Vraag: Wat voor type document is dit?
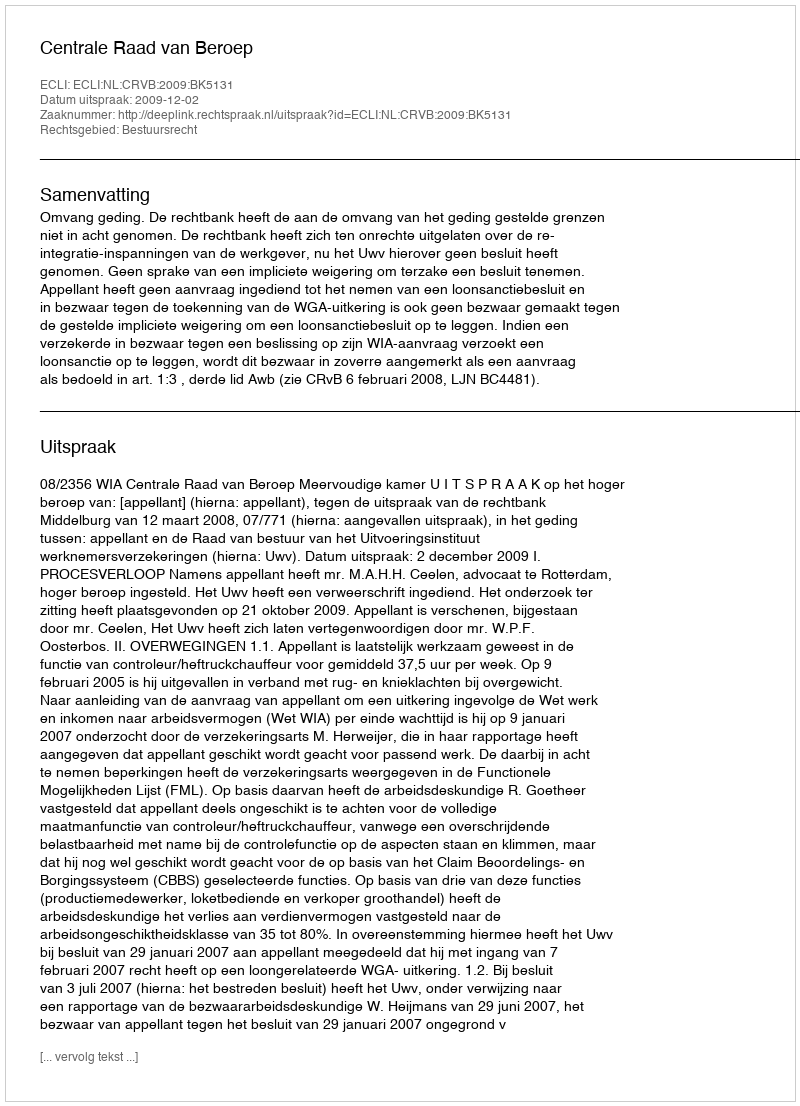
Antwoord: Uitspraak